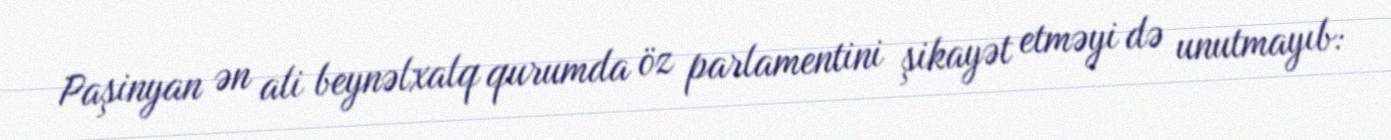
Paşinyan ən ali beynəlxalq qurumda öz parlamentini şikayət etməyi də unutmayıb: